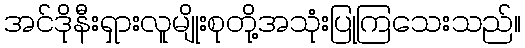
အင်ဒိုနီးရှားလူမျိုးစုတို့အသုံးပြုကြသေးသည်။